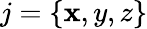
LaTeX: j=\{ \mathbf{x},y,z\}